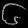
Digit: ၆